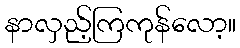
နာလှည့်ကြကုန်လော့။